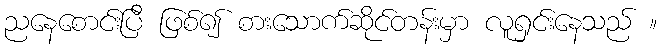
ညနေစောင်းပြီ ဖြစ်၍ စားသောက်ဆိုင်တန်းမှာ လူရှင်းနေသည် ။